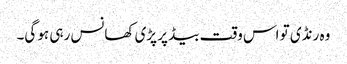
وہ رنڈی تو اس وقت بیڈ پر پڑی کھانس رہی ہو گی۔